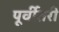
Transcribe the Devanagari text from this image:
पूर्वीतरी